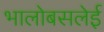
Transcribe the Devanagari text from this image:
भालोबसलेई